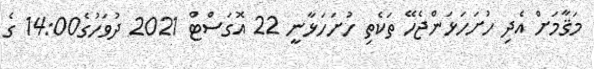
މަޤާމަށް އެދި ހުށަހަޅަންޖެހޭ ތަކެތި ހުށަހަޅާނީ 22 އޮގަސްޓް 2021 ދުވަހުގެ14:00 ގެ